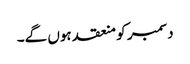
دسمبر کو منعقد ہوں گے۔